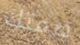
صمتك